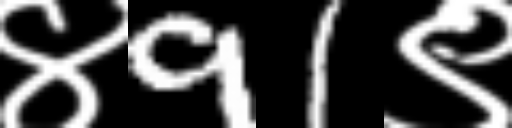
Text: ४91९